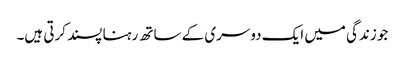
جو زندگی میں ایک دوسری کے ساتھ رہنا پسند کرتی ہیں۔